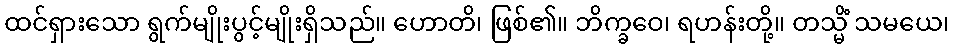
ထင်ရှားသော ရွက်မျိုးပွင့်မျိုးရှိသည်။ ဟောတိ၊ ဖြစ်၏။ ဘိက္ခဝေ၊ ရဟန်းတို့။ တသ္မိံ သမယေ၊